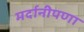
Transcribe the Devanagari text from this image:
मर्दानीपणा